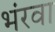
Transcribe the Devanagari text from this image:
भंरवा